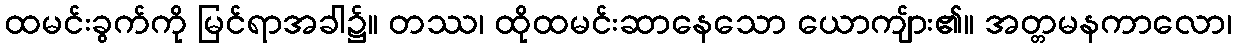
ထမင်းခွက်ကို မြင်ရာအခါ၌။ တဿ၊ ထိုထမင်းဆာနေသော ယောကျ်ား၏။ အတ္တမနကာလော၊